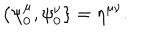
\{ \psi _ { 0 } ^ { \mu } , \psi _ { 0 } ^ { \nu } \} = \eta ^ { \mu \nu } .